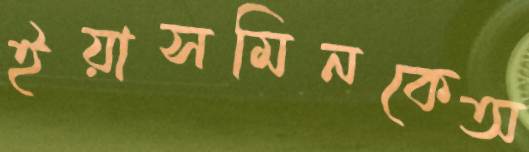
ইয়াসমিনকেঅ